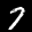
Label: 7